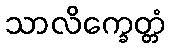
သာလိက္ခေတ္တံ